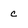
Character: c